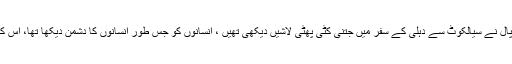
یوں تو کوئی بھی اہم تخلیق کار موت کی ناؤ کا قصہ لکھنے سے انکار نہیں کرسکتا لیکن جوگندر پال نے سیالکوٹ سے دہلی کے سفر میں جتنی کٹی پھٹی لاشیں دیکھی تھیں ، انسانوں کو جس طور انسانوں کا دشمن دیکھا تھا، اس کے بعد وہ بھلا کس طرح گلتی ہوئی لاشوں اور خانماں برباد گھرانوں سے نگاہیں چرا سکتے تھے۔